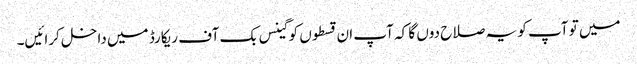
میں تو آپ کو یہ صلاح دوں گا کہ آپ ان قسطوں کو گینس بک آف ریکارڈ میں داخل کرائیں۔